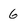
Character: 6